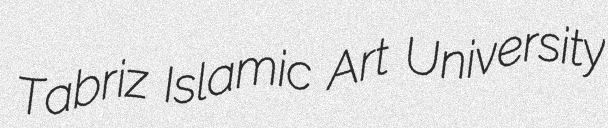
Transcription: Tabriz Islamic Art University